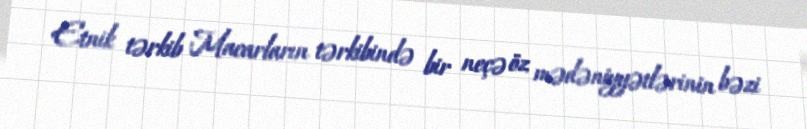
Etnik tərkib Macarların tərkibində bir neçə öz mədəniyyətlərinin bəzi